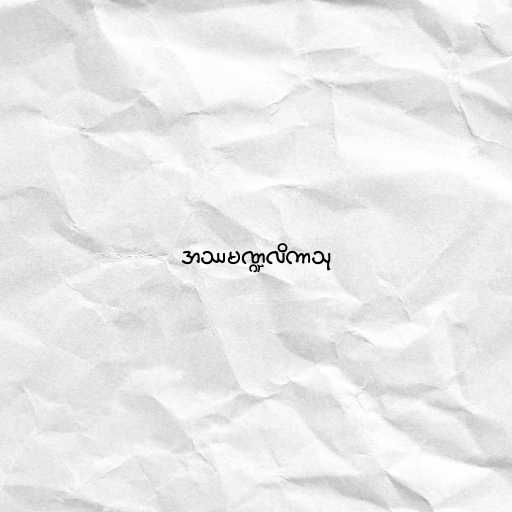
အဿမဏ္ဍလိကာသု